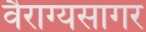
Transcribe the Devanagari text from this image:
वैराग्यसागर